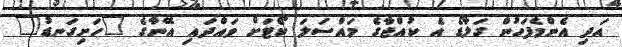
އަދި އެންމެފަހުން ގަލާޑޯ އެ ކުއްޖާގެ މައްސަލަ ކޯޓަށް ވައްދައި އޭނާގެ "ހަށިގަނޑު"